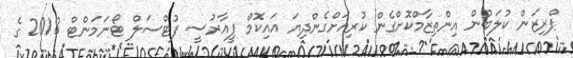
ޕްރިޒަން ކުލަބުން އިންތިޒާމްކޮށްގެން ކުރިއަށްގެންދިޔަ އައިކޮމް ޕީއާރުސީ ފުޓްސަލް ޓޯނަމަންޓް 2018 ގެ